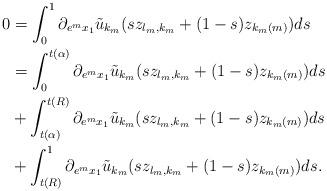
LaTeX: \begin{align*}0&=\int_0^1 \partial_{e^m x_1} \tilde u_{k_m}(sz_{l_m,k_m}+(1-s)z_{k_m(m)}) ds\\&=\int_0^{t(\alpha)} \partial_{e^m x_1} \tilde u_{k_m}(sz_{l_m,k_m}+(1-s)z_{k_m(m)}) ds\\&+\int_{t(\alpha)}^{t(R)} \partial_{e^m x_1} \tilde u_{k_m}(sz_{l_m,k_m}+(1-s)z_{k_m(m)}) ds\\&+\int_{t(R)}^{1} \partial_{e^m x_1} \tilde u_{k_m}(sz_{l_m,k_m}+(1-s)z_{k_m(m)}) ds.\end{align*}